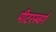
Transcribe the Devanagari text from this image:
पीटरस्बर्ग